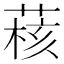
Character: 𫈺